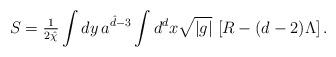
LaTeX: \begin{align*}S={\textstyle\frac{1}{2{\hat{\chi}}}}\int{dy\, a^{{\hat d}-3}}\int{d^{d} x \sqrt{|g|}\, \left[ R-(d-2)\Lambda \right]}\, .\end{align*}